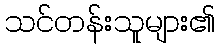
သင်တန်းသူများ၏